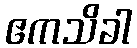
ဧကသိခါ